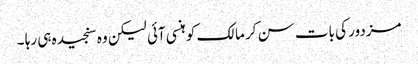
مزدور کی بات سن کر مالک کو ہنسی آئی لیکن وہ سنجیدہ ہی رہا ۔